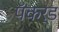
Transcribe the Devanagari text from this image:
पॅकर्ड